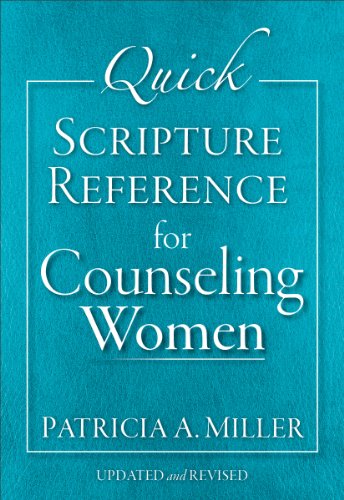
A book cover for Quick Scripture Reference for Counseling Women; Patricia A. Miller; Christian Books & Bibles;